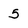
Character: 5